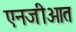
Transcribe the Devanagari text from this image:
एनजीओत